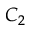
C _ { 2 }